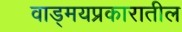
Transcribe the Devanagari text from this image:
वाड्मयप्रकारातील